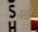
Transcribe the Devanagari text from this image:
मर्ढे